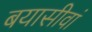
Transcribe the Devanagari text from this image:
बयासीवां